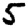
Digit: 5